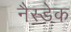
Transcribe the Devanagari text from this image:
नैस्डेक